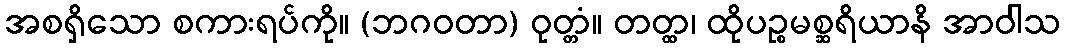
အစရှိသော စကားရပ်ကို။ (ဘဂဝတာ) ဝုတ္တံ။ တတ္ထ၊ ထိုပဉ္စမစ္ဆရိယာနိ အာဝါသ